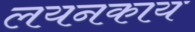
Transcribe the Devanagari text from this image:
लयनकाय